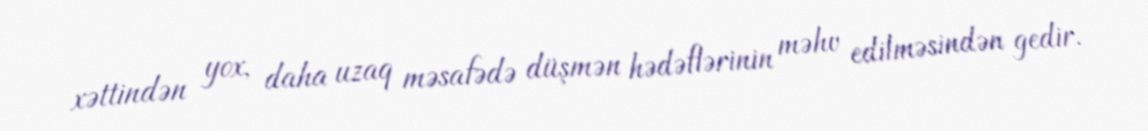
xəttindən yox, daha uzaq məsafədə düşmən hədəflərinin məhv edilməsindən gedir.